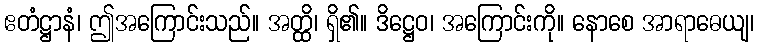
ဧတံဋ္ဌာနံ၊ ဤအကြောင်းသည်။ အတ္ထိ၊ ရှိ၏။ ဒိဋ္ဌေဝ၊ အကြောင်းကို။ နောစေ အာရာဓေယျ၊